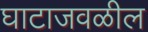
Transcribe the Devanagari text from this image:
घाटाजवळील